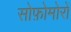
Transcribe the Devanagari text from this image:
सोफ़ोमोरों